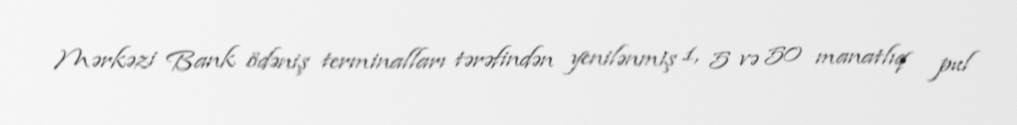
Mərkəzi Bank ödəniş terminalları tərəfindən yenilənmiş 1, 5 və 50 manatlıq pul